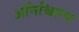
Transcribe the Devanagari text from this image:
अनिश्चितच